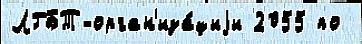
ЛГБТ-орган'иза́циjи 2055 по